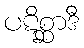
ပဋိစ္ဆာဒီ